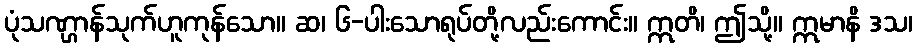
ပုံသဏ္ဌာန်သုက်ဟူကုန်သော။ ဆ၊ ၆-ပါးသောရုပ်တို့လည်းကောင်း။ ဣတိ၊ ဤသို့။ ဣမာနိ ဒသ၊